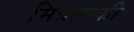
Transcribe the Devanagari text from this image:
मित्रताकी